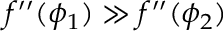
f ^ { \prime \prime } ( \phi _ { 1 } ) \gg f ^ { \prime \prime } ( \phi _ { 2 } )